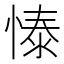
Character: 㥭